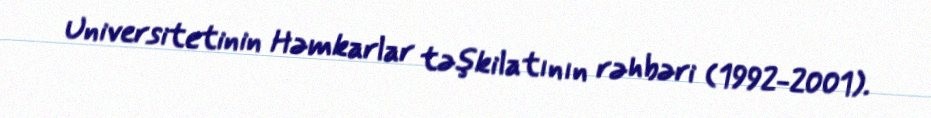
Universitetinin Həmkarlar təşkilatının rəhbəri (1992-2001).